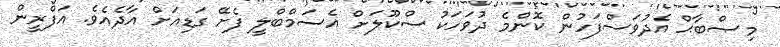
މިޞްބާޙް އެދުވަސްފަހުން ކޮންމެ ދުވަހަކު ސްކޫލަށް އެސަމްބްލީ ފެށޭ ގަޑިއަށް އާދެއެވެ. އަފްރީން